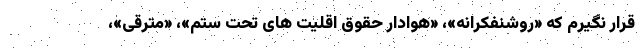
قرار نگیرم که «روشنفکرانه»، «هوادار حقوق اقلیت های تحت ستم»، «مترقی»،